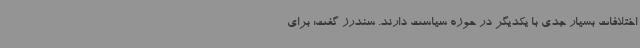
اختلافات بسیار جدی با یکدیگر در حوزه سیاست دارند. سندرز گفت: برای